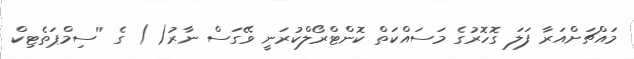
މައްޗަށްއަރާ ފަލަ ގޮހޮރުގެ މަސައްކަތް ކޮންޓްރޯލްކުރަނީ ވޭގަސް ނާރު( ) ގެ ''ސިމްޕަތެޓިކް